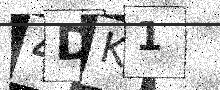
Text: 4DK1